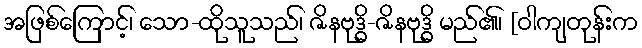
အဖြစ်ကြောင့်၊ သော-ထိုသူသည်၊ ဇိနဗုဒ္ဓိ-ဇိနဗုဒ္ဓိ မည်၏၊ [ဝါကျတုန်းက